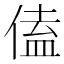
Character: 𪝙